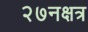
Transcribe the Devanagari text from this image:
२७नक्षत्र